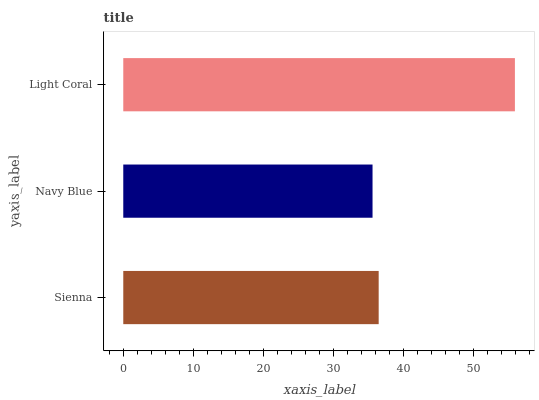
| yaxis_label | bars |
 | --- | --- |
 | Sienna | 36.5 |
 | Navy Blue | 35.6 |
 | Light Coral | 55.9 |